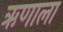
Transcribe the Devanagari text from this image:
ऋणाला